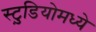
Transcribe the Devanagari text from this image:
स्टु़डियोमध्ये